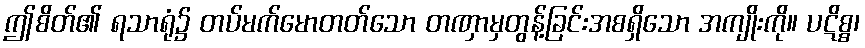
ဤစိတ်၏ ရသာရုံ၌ တပ်မက်မောတတ်သော တဏှာမှတွန့်ခြင်းအစရှိသော အကျိုးကို။ ပဋိစ္စ၊